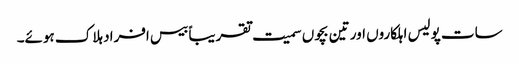
سات پولیس اہلکاروں اور تین بچوں سمیت تقریباً بیس افراد ہلاک ہوئے۔